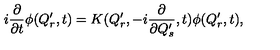
i { \frac { \partial } { \partial t } } \phi ( Q _ { r } ^ { \prime } , t ) = K ( Q _ { r } ^ { \prime } , - i { \frac { \partial } { \partial Q _ { s } ^ { \prime } } } , t ) \phi ( Q _ { r } ^ { \prime } , t ) ,